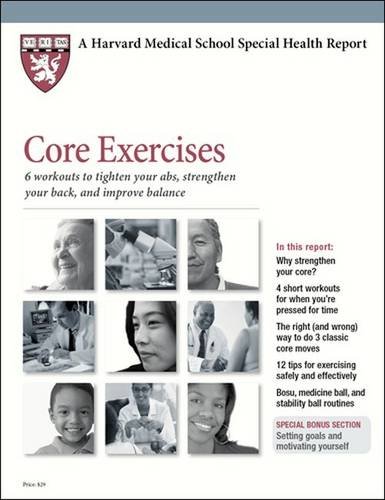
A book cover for Core Exercises: 6 Workouts to Tighten Your ABS, Strengthen Your Back, and Improve Balance (Harvard Medical School Special Health Reports); Edward M. Philips; Health, Fitness & Dieting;